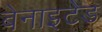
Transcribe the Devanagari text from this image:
बेनाइटेड